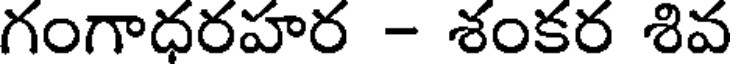
గంగాధరహర - శంకర శివ